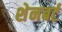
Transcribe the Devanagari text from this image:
शेनबर्ट